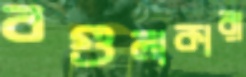
বগুলাকারা